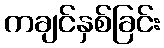
ကချင်နှစ်ခြင်း